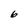
Character: 6